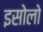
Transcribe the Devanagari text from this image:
इसोलो